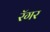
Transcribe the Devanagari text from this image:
रॅगर